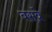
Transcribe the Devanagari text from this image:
बसवे